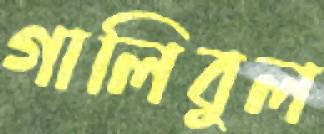
গালিবুল